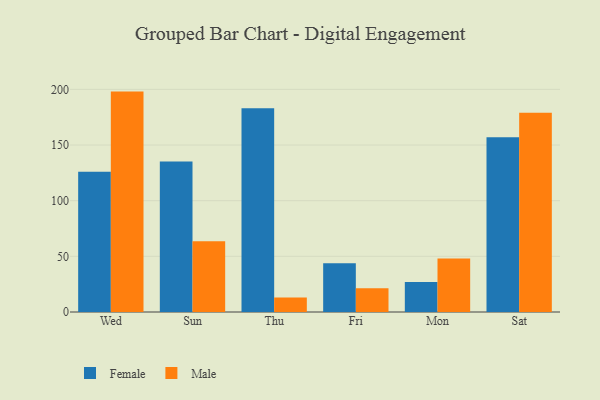
{"axis": {"x": "Day", "y": "Active Users"}, "legend": ["Female", "Male"], "data": [{"x": "Wed", "y": 125.9, "type": "Female"}, {"x": "Wed", "y": 198.0, "type": "Male"}, {"x": "Sun", "y": 135.2, "type": "Female"}, {"x": "Sun", "y": 63.5, "type": "Male"}, {"x": "Thu", "y": 183.1, "type": "Female"}, {"x": "Thu", "y": 13.1, "type": "Male"}, {"x": "Fri", "y": 43.7, "type": "Female"}, {"x": "Fri", "y": 21.4, "type": "Male"}, {"x": "Mon", "y": 26.9, "type": "Female"}, {"x": "Mon", "y": 48.1, "type": "Male"}, {"x": "Sat", "y": 157.1, "type": "Female"}, {"x": "Sat", "y": 179.0, "type": "Male"}]}